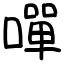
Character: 嘽